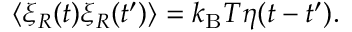
\langle \xi _ { R } ( t ) \xi _ { R } ( t ^ { \prime } ) \rangle = k _ { \mathrm { B } } T \eta ( t - t ^ { \prime } ) .